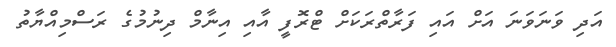
އަދި ވަނަވަނަ އަށް އައި ފަރާތްރަކަށް ޓްރޮފީ އާއި އިނާމް ދިނުމުގެ ރަސްމިއްޔާތު